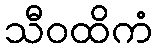
သီဝထိကံ